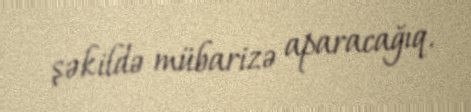
şəkildə mübarizə aparacağıq.